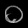
Digit: ၀